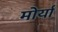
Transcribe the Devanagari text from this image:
मोर्या